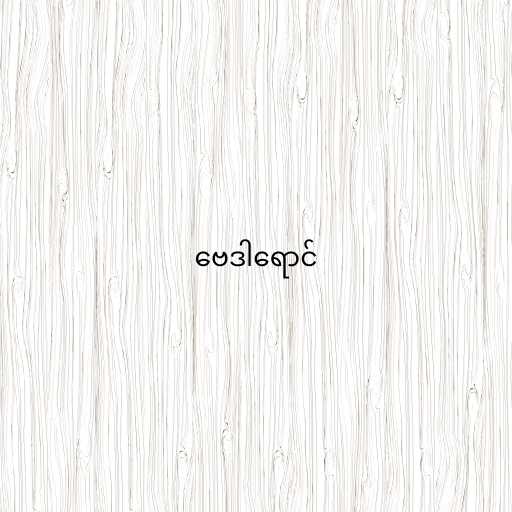
ဗေဒါရောင်